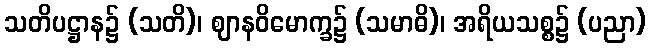
သတိပဋ္ဌာန၌ (သတိ)၊ ဈာနဝိမောက္ခ၌ (သမာဓိ)၊ အရိယသစ္စ၌ (ပညာ)